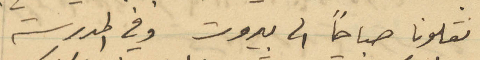
نقلونا صباحًا الى بيروت وفي المدرسة